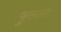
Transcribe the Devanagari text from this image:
फुलना